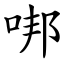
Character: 𠳐